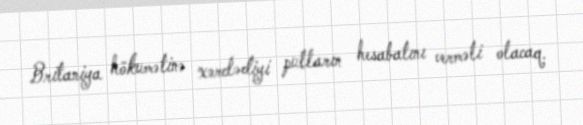
Britaniya hökumətinə xərclədiyi pulların hesabatını verməli olacaq.